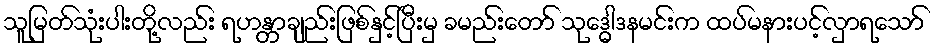
သူမြတ်သုံးပါးတို့လည်း ရဟန္တာချည်းဖြစ်နှင့်ပြီးမှ ခမည်းတော် သုဒ္ဓေါဒနမင်းက ထပ်မနားပင့်လှာရသော်